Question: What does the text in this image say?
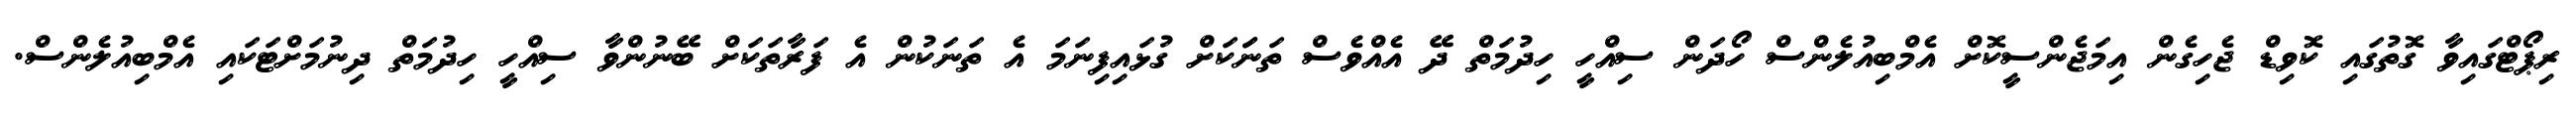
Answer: ރިޕޯޓްގައިވާ ގޮތުގައި ކޮވިޑް ޖެހިގެން އިމަޖެންސީކޮށް އެމްބިއުލެންސް ހޯދަން ސިއްހީ ހިދުމަތް ދޭ އެއްވެސް ތަނަަކަށް ގުޅައިފިނަމަ އެ ތަނަކުން އެ ފަރާތަކަށް ބޭނުންވާ ސިއްހީ ހިދުމަތް ދިނުމަށްޓަކައި އެމްބިއުލެންސް.